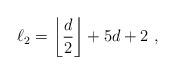
LaTeX: \begin{align*} \ell_2 = \left\lfloor \frac{d}{2} \right\rfloor + 5d +2~, \end{align*}